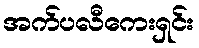
အက်ပလီကေးရှင်း